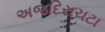
અજદિરાચટા